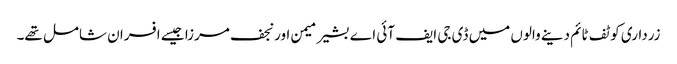
زرداری کو ٹف ٹائم دینے والوں میں ڈی جی ایف آئی اے بشیر میمن اور نجف مرزا جیسے افسران شامل تھے۔